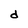
Character: d